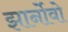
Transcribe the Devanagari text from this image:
झार्नोवो